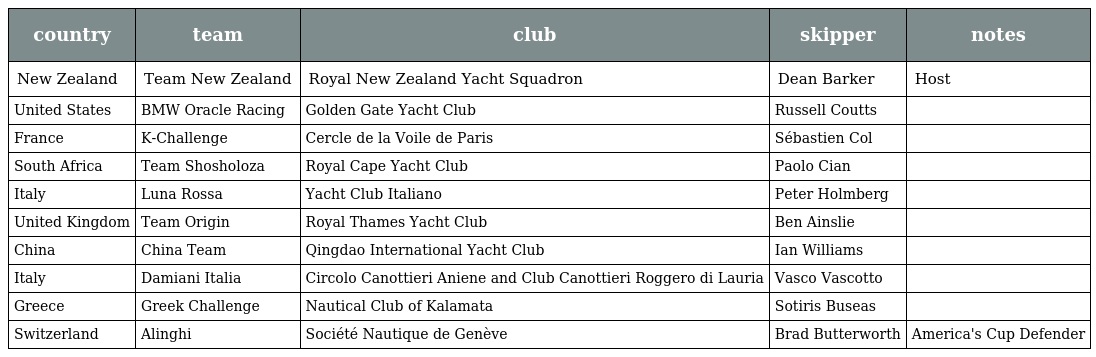
| country | team | club | skipper | notes |
 | --- | --- | --- | --- | --- |
 | New Zealand | Team New Zealand | Royal New Zealand Yacht Squadron | Dean Barker | Host |
 | United States | BMW Oracle Racing | Golden Gate Yacht Club | Russell Coutts |  |
 | France | K-Challenge | Cercle de la Voile de Paris | Sébastien Col |  |
 | South Africa | Team Shosholoza | Royal Cape Yacht Club | Paolo Cian |  |
 | Italy | Luna Rossa | Yacht Club Italiano | Peter Holmberg |  |
 | United Kingdom | Team Origin | Royal Thames Yacht Club | Ben Ainslie |  |
 | China | China Team | Qingdao International Yacht Club | Ian Williams |  |
 | Italy | Damiani Italia | Circolo Canottieri Aniene and Club Canottieri Roggero di Lauria | Vasco Vascotto |  |
 | Greece | Greek Challenge | Nautical Club of Kalamata | Sotiris Buseas |  |
 | Switzerland | Alinghi | Société Nautique de Genève | Brad Butterworth | America's Cup Defender |